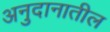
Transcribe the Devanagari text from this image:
अनुदानातील